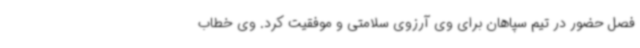
فصل حضور در تیم سپاهان برای وی آرزوی سلامتی و موفقیت کرد. وی خطاب